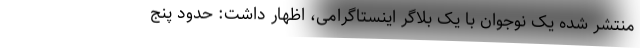
منتشر شده یک نوجوان با یک بلاگر اینستاگرامی، اظهار داشت: حدود پنج